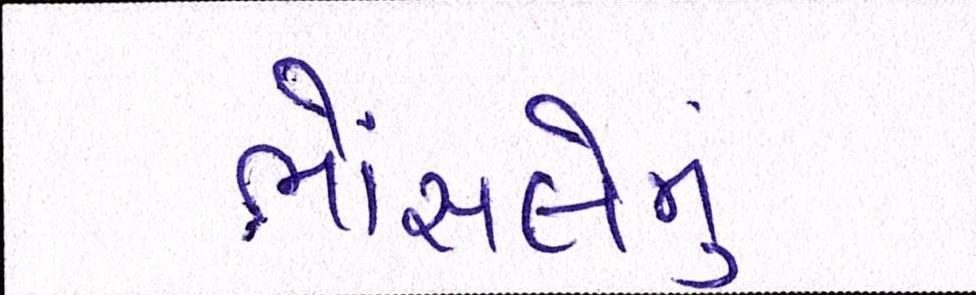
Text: ભોંસલેનું